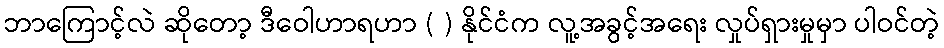
ဘာကြောင့်လဲ ဆိုတော့ ဒီဝေါဟာရဟာ ( ) နိုင်ငံက လူ့အခွင့်အရေး လှုပ်ရှားမှုမှာ ပါဝင်တဲ့